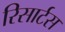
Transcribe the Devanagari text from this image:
रिसार्टस